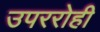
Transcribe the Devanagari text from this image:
उपररोही